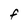
Character: F